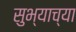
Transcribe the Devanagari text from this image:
सुभ्याच्या